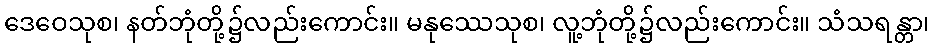
ဒေဝေသုစ၊ နတ်ဘုံတို့၌လည်းကောင်း။ မနုဿေသုစ၊ လူ့ဘုံတို့၌လည်းကောင်း။ သံသရန္တာ၊